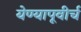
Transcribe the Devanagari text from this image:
येण्यापूवीर्च